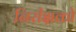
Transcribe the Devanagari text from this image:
निरीक्षको